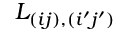
L _ { ( i j ) , ( i ^ { \prime } j ^ { \prime } ) }